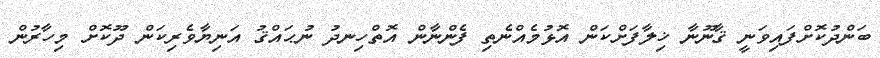
ބަންދުކޮށްފައިވަނީ ޤާނޫނާ ޚިލާފަށްކަން އޮޅުމެއްނެތި ފެންނާން އޮތްހިނދު ނުޙައްޤު އަނިޔާވެރިކަން ދޫކޮށް މިހާރުން